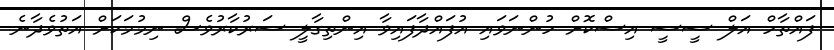
ފައްތާހް އަލް ސީސީ އިސްކޮށް ހުންނަވައި އުފައްދާފައިވާ އިންތިގާލީ ސަރުކާރުވެސް ނިމުމަކަށް އަތުވެދާނެ